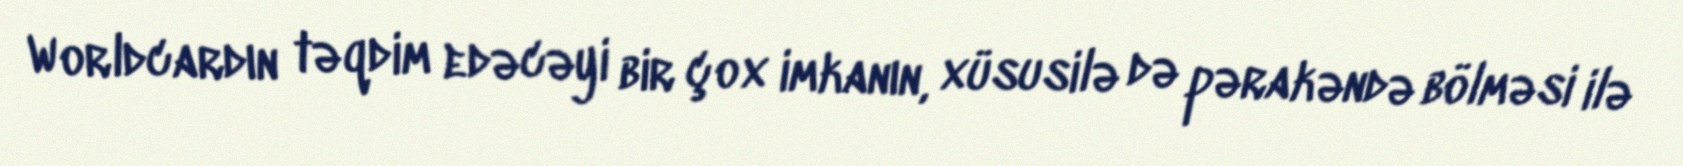
Worldcardın təqdim edəcəyi bir çox imkanın, xüsusilə də pərakəndə bölməsi ilə